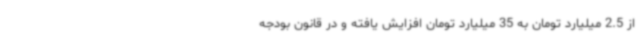
از 2.5 میلیارد تومان به 35 میلیارد تومان افزایش یافته و در قانون بودجه